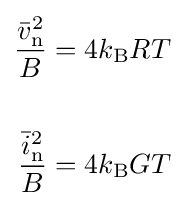
{\begin{aligned}{\frac {{\bar {v}}_{\text{n}}^{2}}{B}}&=4k_{\text{B}}RT\\\\{\frac {{\bar {i}}_{\text{n}}^{2}}{B}}&=4k_{\text{B}}GT\end{aligned}}